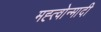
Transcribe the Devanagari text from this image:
मह्त्वोन्मादी